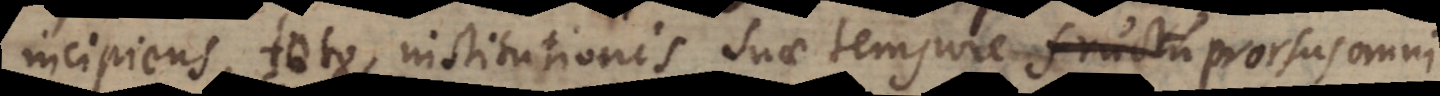
incipiens, toto institutionis suae tempore fructu studiorum